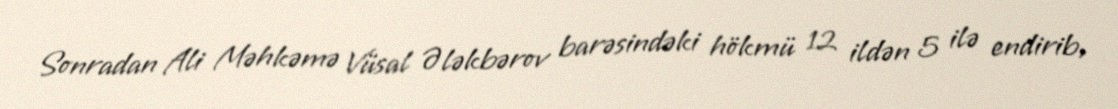
Sonradan Ali Məhkəmə Vüsal Ələkbərov barəsindəki hökmü 12 ildən 5 ilə endirib,